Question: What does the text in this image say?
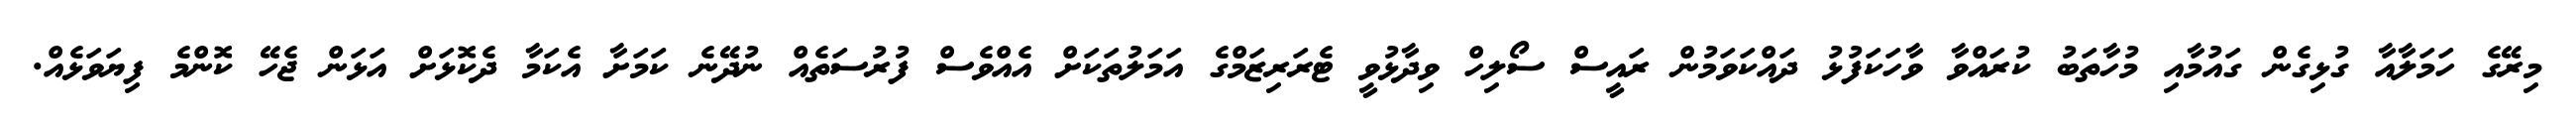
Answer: މިރޭގެ ހަމަލާއާ ގުޅިގެން ގައުމާއި މުހާތަބު ކުރައްވާ ވާހަކަފުޅު ދައްކަވަމުން ރައީސް ސޯލިހް ވިދާޅުވީ ޓެރަރިޒަމްގެ އަމަލުތަކަށް އެއްވެސް ފުރުސަތެއް ނުދޭނެ ކަމަށާ އެކަމާ ދެކޮޅަށް އަޅަން ޖެހޭ ކޮންމެ ފިޔަވަޅެއް.